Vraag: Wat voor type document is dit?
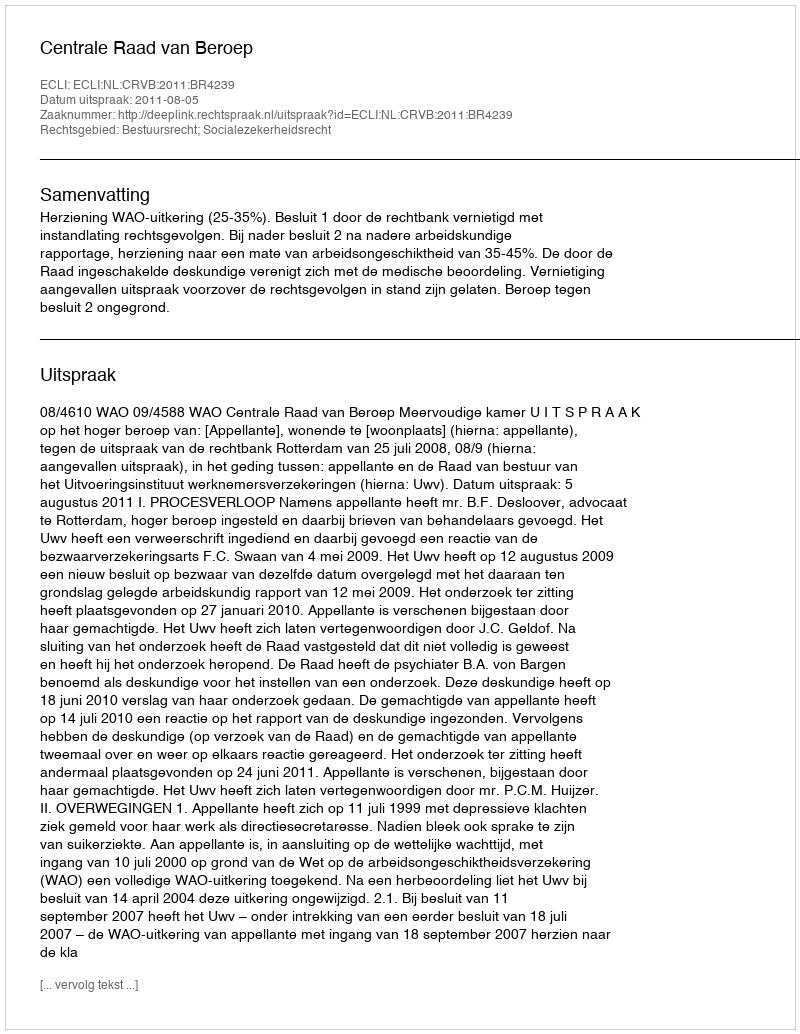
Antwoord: Uitspraak